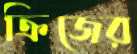
ক্রিজের